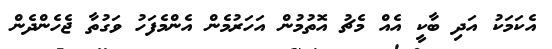
އެކަމަކު އަދި ބާކީ އެއް މެޗު އޮތުމުން އަހަރުމެން އެންމެފަހު ވަގުތާ ޖެހެންދެން